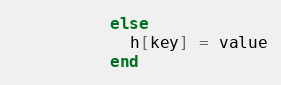
Language: Ruby
          else
            h[key] = value
          end